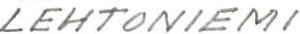
LEHTONIEMI